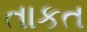
તાકત